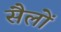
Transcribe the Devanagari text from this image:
सैलों